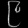
Digit: ၉